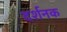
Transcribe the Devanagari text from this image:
दर्शनक